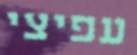
עפיצי